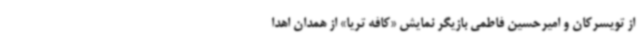
از تویسرکان و امیرحسین فاطمی بازیگر نمایش «کافه تریا» از همدان اهدا